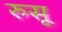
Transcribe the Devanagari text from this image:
रुसू